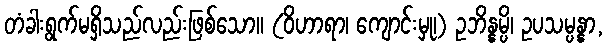
တံခါးရွက်မရှိသည်လည်းဖြစ်သော။ (ဝိဟာရာ၊ ကျောင်းမှု၊) ဥဘိန္နမ္ပိ၊ ဥပသမ္ပန္နာ,